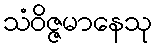
သံဝိဇ္ဇမာနေသု